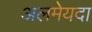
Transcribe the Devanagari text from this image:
अलमेयदा